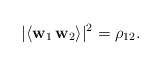
\begin{align*} |\langle \mathbf{w}_1 \, \mathbf{w}_2 \rangle|^2 = \rho_{12}. \end{align*}